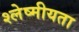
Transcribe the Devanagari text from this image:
श्लेष्मीयता